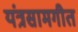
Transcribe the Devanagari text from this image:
यंत्रसामगीत